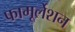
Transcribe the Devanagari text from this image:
फामूर्लेशन